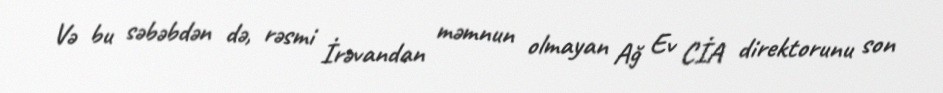
Və bu səbəbdən də, rəsmi İrəvandan məmnun olmayan Ağ Ev CİA direktorunu son